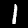
Label: 1